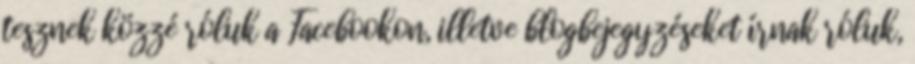
tesznek közzé róluk a Facebookon, illetve blogbejegyzéseket írnak róluk,